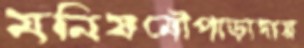
মনিষমৌপাড়াদায়